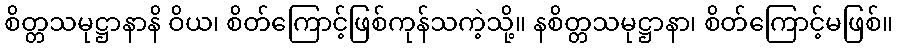
စိတ္တသမုဋ္ဌာနာနိ ဝိယ၊ စိတ်ကြောင့်ဖြစ်ကုန်သကဲ့သို့။ နစိတ္တသမုဋ္ဌာနာ၊ စိတ်ကြောင့်မဖြစ်။